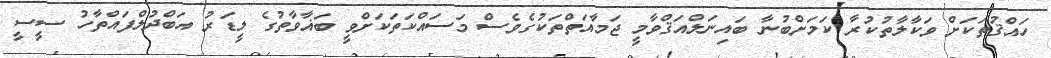
ހައްޤުތަކަށް ވަކާލާތުކުރާ ކަމަށްބުނާ ބައިނަލްއަޤްވާމީ ޖަމާއަތްތަކުގެވެސް މަސައްކަތަކަށްވީ ބަޣާވާތުގެ ލީޑަރު އަބްދުލްފައްތާހު ސީސީ